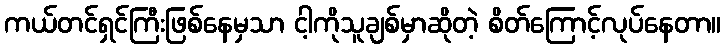
ကယ်တင်ရှင်ကြီးဖြစ်နေမှသာ ငါ့ကိုသူချစ်မှာဆိုတဲ့ စိတ်ကြောင့်လုပ်နေတာ။